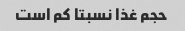
حجم غذا نسبتا کم است